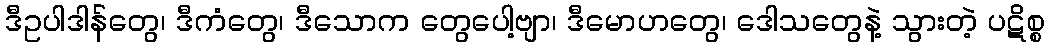
ဒီဥပါဒါန်တွေ၊ ဒီကံတွေ၊ ဒီသောက တွေပေါ့ဗျာ၊ ဒီမောဟတွေ၊ ဒေါသတွေနဲ့ သွားတဲ့ ပဋိစ္စ